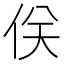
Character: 𠈪